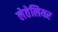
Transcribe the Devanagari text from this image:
लेतेलियर